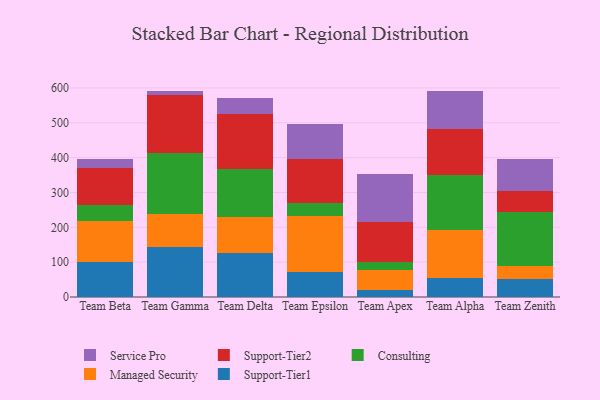
{"axis": {"x": "Team", "y": "Active Users"}, "legend": ["Consulting", "Managed Security", "Service Pro", "Support-Tier1", "Support-Tier2"], "data": [{"x": "Team Beta", "y": 100.5, "type": "Support-Tier1"}, {"x": "Team Beta", "y": 116.9, "type": "Managed Security"}, {"x": "Team Beta", "y": 47.1, "type": "Consulting"}, {"x": "Team Beta", "y": 105.1, "type": "Support-Tier2"}, {"x": "Team Beta", "y": 27.5, "type": "Service Pro"}, {"x": "Team Gamma", "y": 143.5, "type": "Support-Tier1"}, {"x": "Team Gamma", "y": 94.6, "type": "Managed Security"}, {"x": "Team Gamma", "y": 173.9, "type": "Consulting"}, {"x": "Team Gamma", "y": 166.7, "type": "Support-Tier2"}, {"x": "Team Gamma", "y": 13.0, "type": "Service Pro"}, {"x": "Team Delta", "y": 125.5, "type": "Support-Tier1"}, {"x": "Team Delta", "y": 104.3, "type": "Managed Security"}, {"x": "Team Delta", "y": 137.7, "type": "Consulting"}, {"x": "Team Delta", "y": 159.1, "type": "Support-Tier2"}, {"x": "Team Delta", "y": 46.0, "type": "Service Pro"}, {"x": "Team Epsilon", "y": 71.4, "type": "Support-Tier1"}, {"x": "Team Epsilon", "y": 162.3, "type": "Managed Security"}, {"x": "Team Epsilon", "y": 37.5, "type": "Consulting"}, {"x": "Team Epsilon", "y": 125.4, "type": "Support-Tier2"}, {"x": "Team Epsilon", "y": 99.0, "type": "Service Pro"}, {"x": "Team Apex", "y": 20.6, "type": "Support-Tier1"}, {"x": "Team Apex", "y": 55.6, "type": "Managed Security"}, {"x": "Team Apex", "y": 23.9, "type": "Consulting"}, {"x": "Team Apex", "y": 114.4, "type": "Support-Tier2"}, {"x": "Team Apex", "y": 137.9, "type": "Service Pro"}, {"x": "Team Alpha", "y": 54.7, "type": "Support-Tier1"}, {"x": "Team Alpha", "y": 138.4, "type": "Managed Security"}, {"x": "Team Alpha", "y": 156.4, "type": "Consulting"}, {"x": "Team Alpha", "y": 133.0, "type": "Support-Tier2"}, {"x": "Team Alpha", "y": 108.1, "type": "Service Pro"}, {"x": "Team Zenith", "y": 50.6, "type": "Support-Tier1"}, {"x": "Team Zenith", "y": 37.5, "type": "Managed Security"}, {"x": "Team Zenith", "y": 154.5, "type": "Consulting"}, {"x": "Team Zenith", "y": 62.7, "type": "Support-Tier2"}, {"x": "Team Zenith", "y": 91.0, "type": "Service Pro"}]}